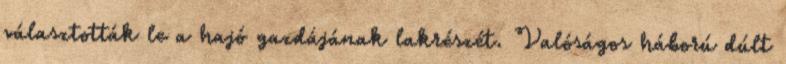
választották le a hajó gazdájának lakrészét. Valóságos háború dúlt